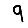
Digit: 9